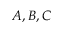
A , B , C